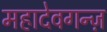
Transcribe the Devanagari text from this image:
महादेवगन्ज़